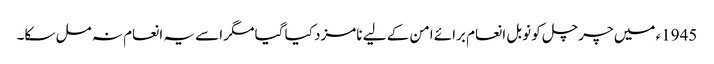
1945ء میں چرچل کو نوبل انعام برائے امن کے لیے نامزد کیا گیا مگر اسے یہ انعام نہ مل سکا۔